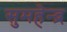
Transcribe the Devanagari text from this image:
सुमहेन्द्र